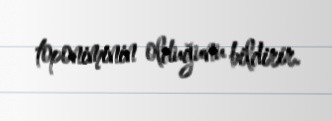
toponiminin olduğunu bildirir.